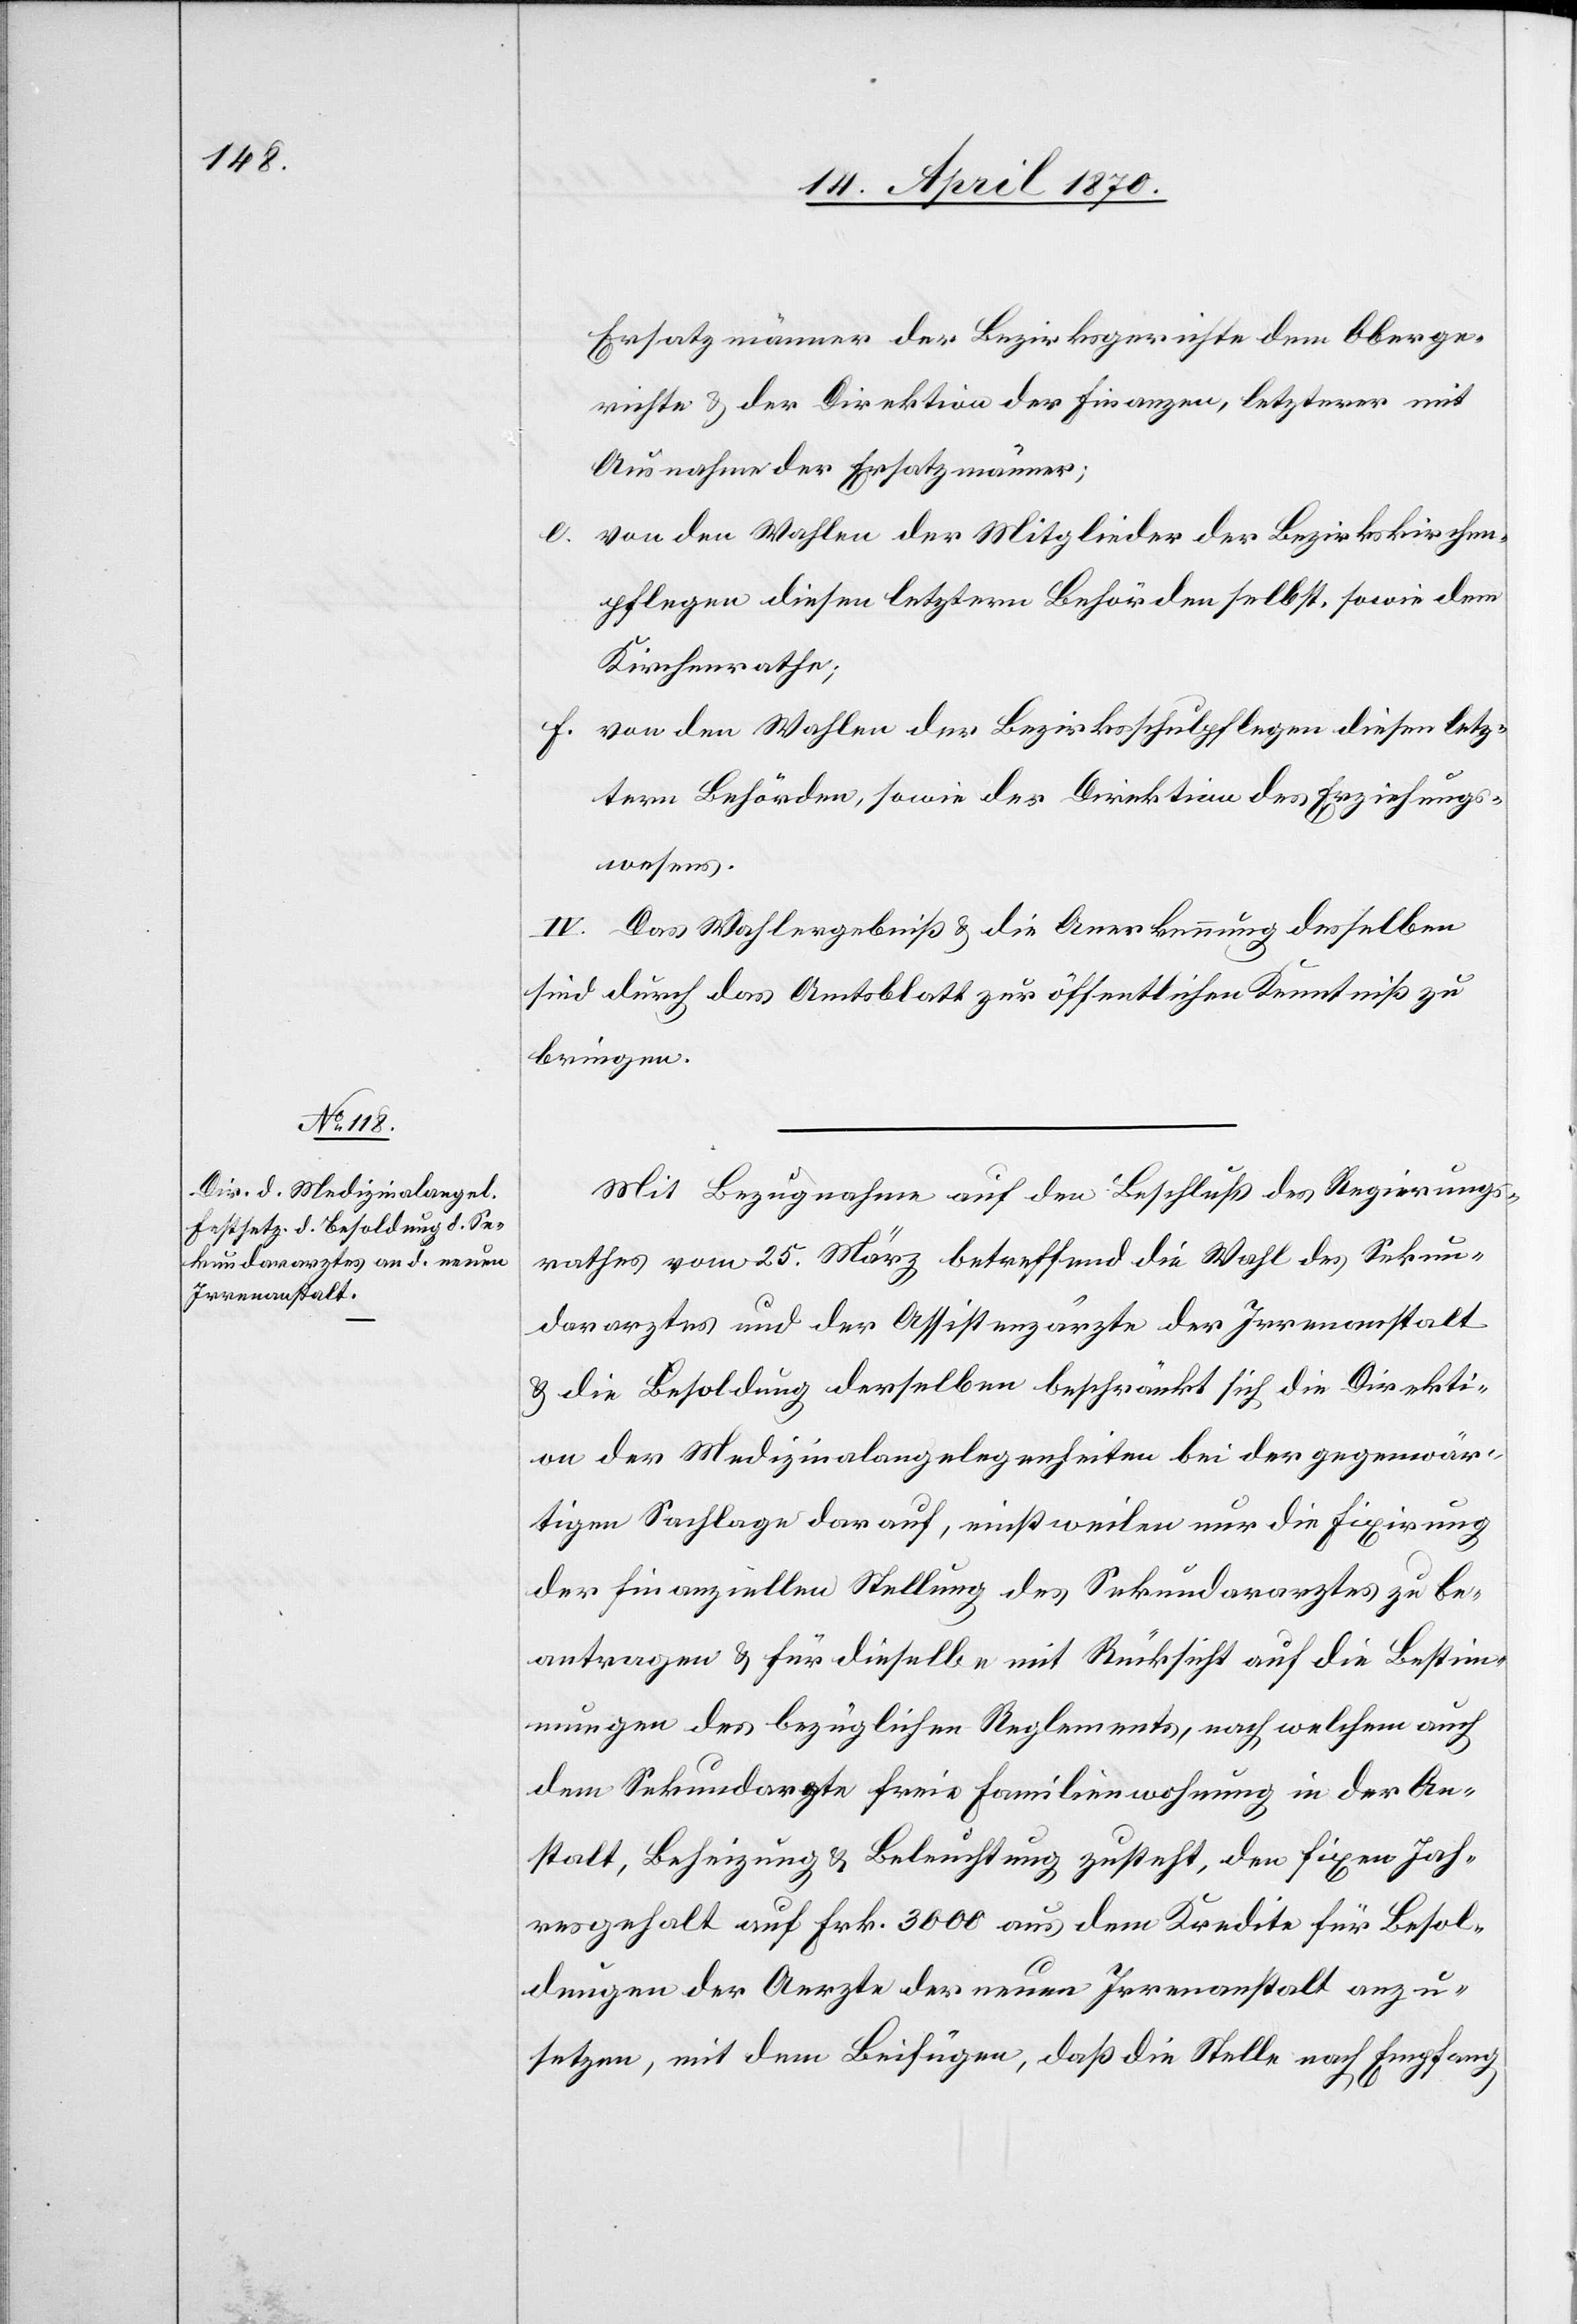
Ersatzmänner der Bezirksgerichte dem Oberge¬
richte & der Direktion der Finanzen, letzterer mit
Ausnahme der Ersatzmänner;
e.
von den Wahlen der Mitglieder der Bezirkskirchen¬
pflegen diesen letztern Behörden selbst, sowie dem
Kirchenrathe;
f. von den Wahlen der Bezirksschulpflegen diesen letz¬
tern Behörden, sowie der Direktion des Erziehungs¬
wesens.
IV. Das Wahlergebniß & die Anerkennung desselben
sind durch das Amtsblatt zur öffentlichen Kenntniß zu
bringen.
Mit Bezugnahme auf den Beschluß des Regierungs¬
rathes vom 25. März betreffend die Wahl des Sekun¬
dararztes und der Assistenzärzte der Irrenanstalt
& die Besoldung derselben beschränkt sich die Direkti¬
on der Medizinalangelegenheiten bei der gegenwär¬
tigen Sachlage darauf, einstweilen nur die Fixirung
der finanziellen Stellung des Sekundararztes zu be¬
antragen & für dieselbe mit Rücksicht auf die Bestim¬
mung des bezüglichen Reglements, nach welchen auch
dem Sekundararzte freie Familienwohnung in der An¬
stalt, Beheizung & Beleuchtung zusteht, den fixen Jah¬
resgehalt auf Frk. 3000 aus dem Kredite für Besol¬
dungen der Aerzte der neuen Irrenanstalt anzu¬
setzen, mit dem Beifügen, daß die Stelle nach Empfang